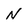
Character: n